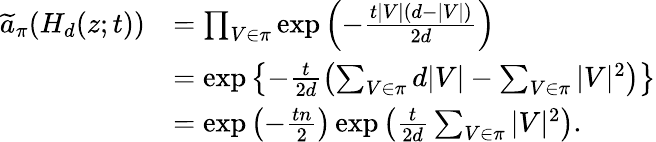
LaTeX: \begin{array}{rl}{\widetilde{a}_{\pi}(H_{d}(z;t))}&{=\prod_{V\in\pi}\exp\left(-\frac{t|V|(d-|V|)}{2d}\right)}\\ &{=\exp\left\{ -\frac{t}{2d}\left(\sum_{V\in\pi}d|V|-\sum_{V\in\pi}|V|^{2}\right)\right\} }\\ &{=\exp\left(-\frac{tn}{2}\right)\exp\left(\frac{t}{2d}\sum_{V\in\pi}|V|^{2}\right).}\end{array}